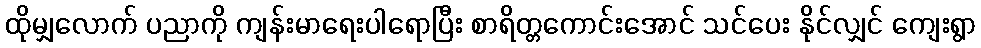
ထိုမျှလောက် ပညာကို ကျန်းမာရေးပါရောပြီး စာရိတ္တကောင်းအောင် သင်ပေး နိုင်လျှင် ကျေးရွာ